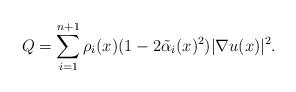
LaTeX: \begin{align*}Q=\sum_{i=1}^{n+1}\rho_i(x)(1-2\tilde{\alpha}_i(x)^2)|\nabla u(x)|^2.\end{align*}